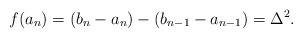
LaTeX: \begin{align*}f(a_n) = (b_n-a_n) - (b_{n-1}-a_{n-1}) = \Delta^2.\end{align*}